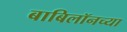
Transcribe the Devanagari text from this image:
बाबिलॉनच्या